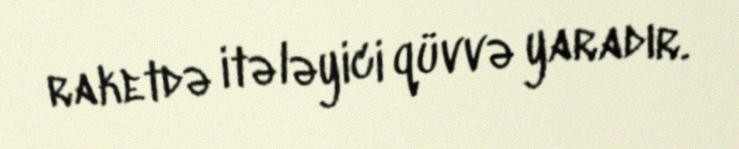
raketdə itələyici qüvvə yaradır.